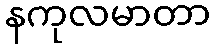
နကုလမာတာ